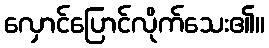
လှောင်ပြောင်လိုက်သေး၏။